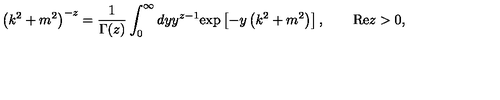
\left( k ^ { 2 } + m ^ { 2 } \right) ^ { - z } = \frac 1 { \Gamma ( z ) } \int _ { 0 } ^ { \infty } d y y ^ { z - 1 } \mathrm { e x p } \left[ - y \left( k ^ { 2 } + m ^ { 2 } \right) \right] , \qquad \mathrm { R e } z > 0 ,